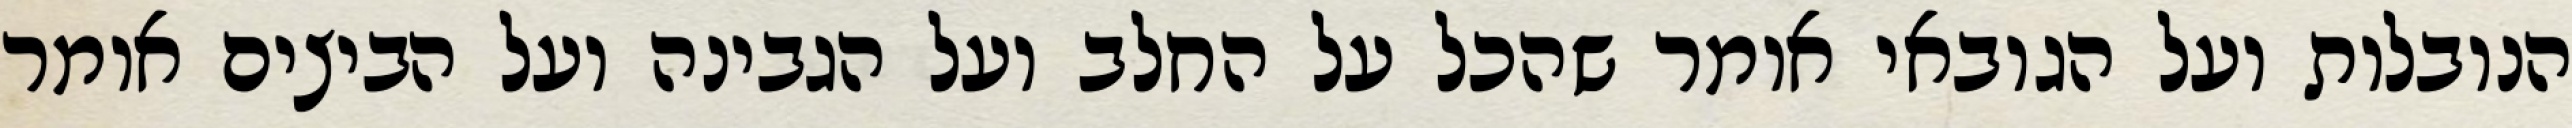
הנובלות ועל הגובאי אומר שהכל על החלב ועל הגבינה ועל הביצים אומר